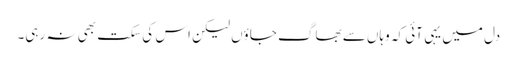
دل میں یہی آئی کہ وہاں سے بھاگ جاؤں لیکن اس کی سکت بھی نہ رہی۔